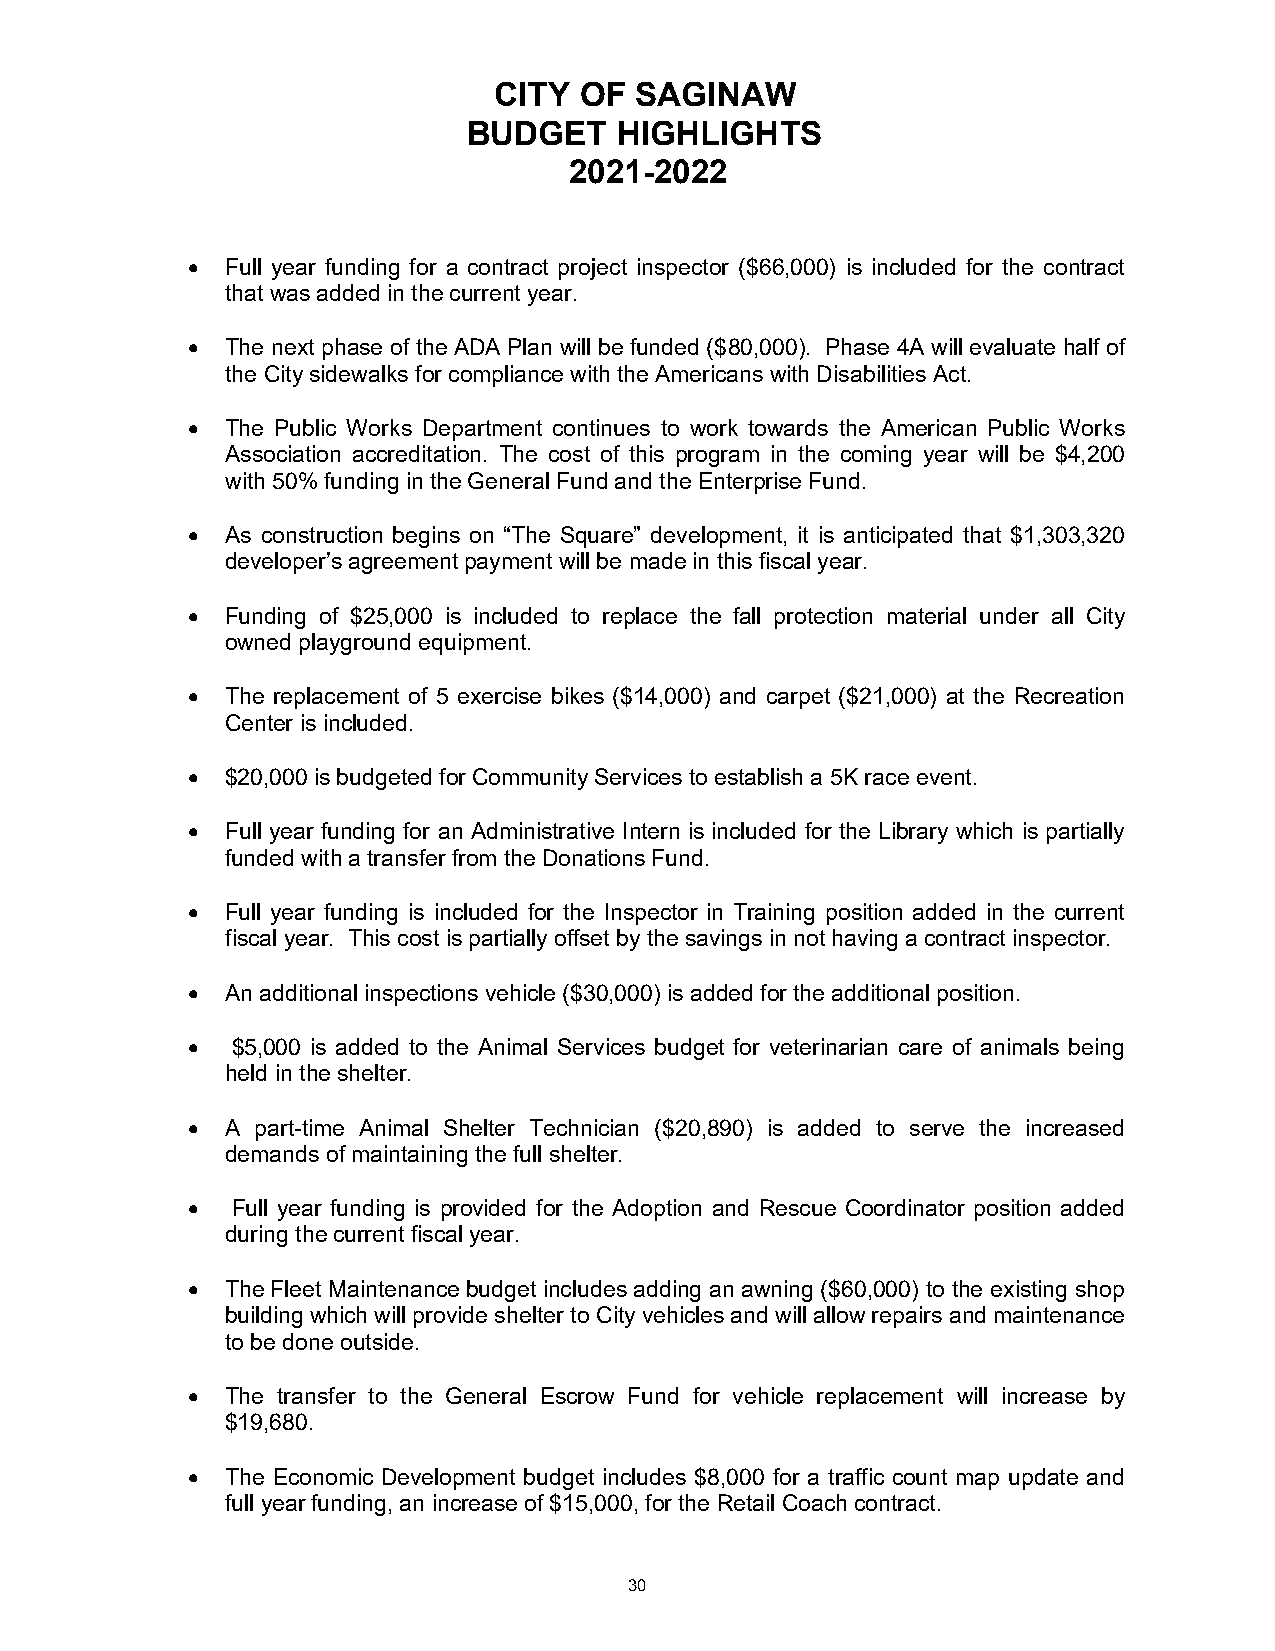
CITY OF  SAGINAW
 BUDGET    HIGHLIGHTS
 2021-2022
 •  Full year funding for a contract project inspector ($66,000) is included for the contract
 that was added in the current year.
 •  The next phase of the ADA Plan will be funded ($80,000). Phase 4A will evaluate half of
 the City sidewalks for compliance with the Americans with Disabilities Act.
 •  The Public Works Department continues to work towards the American Public Works
 Association accreditation. The cost of this program in the coming year will be $4,200
 with 50% funding in the General Fund and the Enterprise Fund.
 •  As construction begins on “The Square” development, it is anticipated that $1,303,320
 developer’s agreement payment will be made in this fiscal year.
 •  Funding of $25,000 is included to replace the fall protection material under all City
 owned playground equipment.
 •  The replacement of 5 exercise bikes ($14,000) and carpet ($21,000) at the Recreation
 Center is included.
 •  $20,000 is budgeted for Community Services to establish a 5K race event.
 •  Full year funding for an Administrative Intern is included for the Library which is partially
 funded with a transfer from the Donations Fund.
 •  Full year funding is included for the Inspector in Training position added in the current
 fiscal year. This cost is partially offset by the savings in not having a contract inspector.
 •  An additional inspections vehicle ($30,000) is added for the additional position.
 •  $5,000 is added to the Animal Services budget for veterinarian care of animals being
 held in the shelter.
 •  A part-time Animal Shelter Technician ($20,890) is added to serve the increased
 demands of maintaining the full shelter.
 •  Full year funding is provided for the Adoption and Rescue Coordinator position added
 during the current fiscal year.
 •  The Fleet Maintenance budget includes adding an awning ($60,000) to the existing shop
 building which will provide shelter to City vehicles and will allow repairs and maintenance
 to be done outside.
 •  The transfer to the General Escrow Fund for vehicle replacement will increase by
 $19,680.
 •  The Economic Development budget includes $8,000 for a traffic count map update and
 full year funding, an increase of $15,000, for the Retail Coach contract.
 30